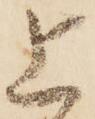
上